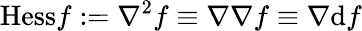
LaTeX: {\mathrm{Hess}}f:=\nabla^{2}f\equiv\nabla\nabla f\equiv\nabla\mathrm{d}f